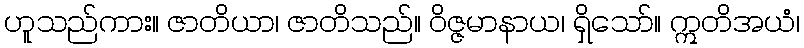
ဟူသည်ကား။ ဇာတိယာ၊ ဇာတိသည်။ ဝိဇ္ဇမာနာယ၊ ရှိသော်။ ဣတိအယံ၊